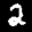
Digit: 2